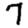
Digit: 7